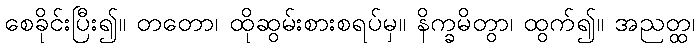
စေခိုင်းပြီး၍။ တတော၊ ထိုဆွမ်းစားစရပ်မှ။ နိက္ခမိတွာ၊ ထွက်၍။ အညတ္ထ၊